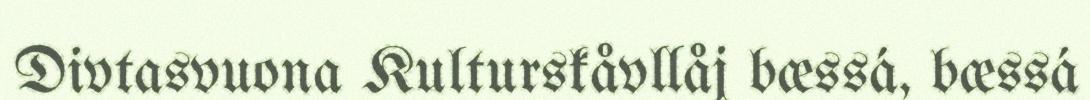
Divtasvuona Kulturskåvllåj bæssá, bæssá